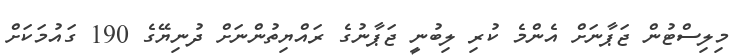
މިލިސްޓުން ޖަޕާނަށް އެންމެ ކުރި ލިބުނީ ޖަޕާނުގެ ރައްޔިތުންނަށް ދުނިޔޭގެ 190 ގައުމަކަށް